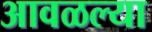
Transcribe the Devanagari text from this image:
आवळल्या